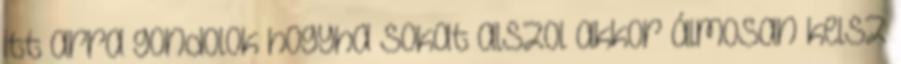
itt arra gondolok hogyha sokat alszol akkor álmosan kelsz